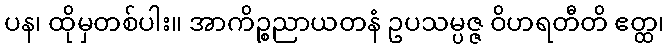
ပန၊ ထိုမှတစ်ပါး။ အာကိဉ္စညာယတနံ ဥပသမ္ပဇ္ဇ ဝိဟရတီတိ ဧတ္ထ၊